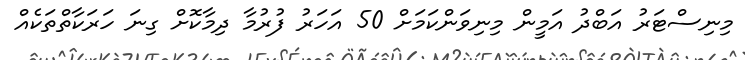
މިނިސްޓަރު އަބްދު އަމީން މިނިވަންކަމަށް 50 އަހަރު ފުރުމާ ދިމާކޮށް ގިނަ ހަރަކާތްތަކެއް